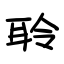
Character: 聆